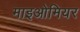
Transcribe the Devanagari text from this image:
माइओमियर